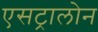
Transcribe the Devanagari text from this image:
एसट्रालोन